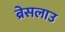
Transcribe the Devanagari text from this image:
ब्रेसलाउ